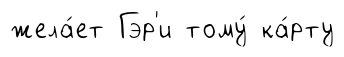
жела́ет Гэр'и тому́ ка́рту